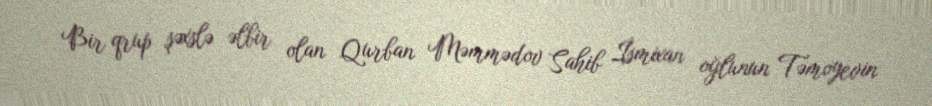
Bir qrup şəxslə əlbir olan Qurban Məmmədov Sahib İsmixan oğlunun Təmoyevin